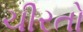
ચીરતો